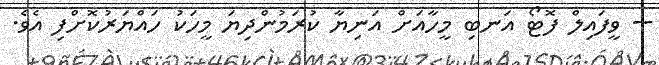
-- ވީފައިލް ފޮޓޯ އަނބި މީހާއަށް އަނިޔާ ކުރަމުންދިޔަ މީހަކު ހައްޔަރުކޮށްފި އެވެ.